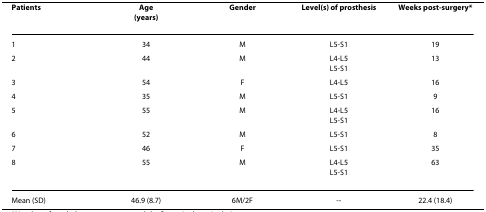
| Patients | Age(years) | Gender | Level(s) of prosthesis | Weeks post-surgery* |
 | --- | --- | --- | --- | --- |
 | 1 | 34 | M | L5-S1 | 19 |
 | 2 | 44 | M | L4-L5L5-S1 | 13 |
 | 3 | 54 | F | L4-L5 | 16 |
 | 4 | 35 | M | L5-S1 | 9 |
 | 5 | 55 | M | L4-L5L5-S1 | 16 |
 | 6 | 52 | M | L5-S1 | 8 |
 | 7 | 46 | F | L5-S1 | 35 |
 | 8 | 55 | M | L4-L5L5-S1 | 63 |
 | Mean (SD) | 46.9 (8.7) | 6M/2F | -- | 22.4 (18.4) |